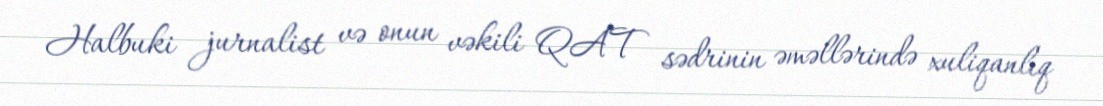
Halbuki jurnalist və onun vəkili QAT sədrinin əməllərində xuliqanlıq